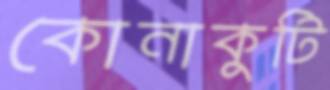
কোনাকুটি